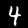
Digit: 4